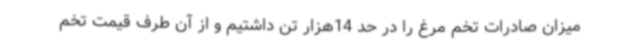
میزان صادرات تخم مرغ را در حد 14هزار تن داشتیم و از آن طرف قیمت تخم